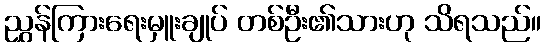
ညွှန်ကြားရေးမှူးချုပ် တစ်ဦး၏သားဟု သိရသည်။